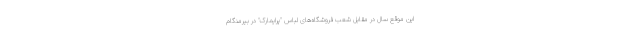
این موقع سال در مقابل شعب فروشگاه‌های لباس "پرایمارک" در بیرمنگام